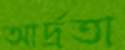
আর্দ্রতা